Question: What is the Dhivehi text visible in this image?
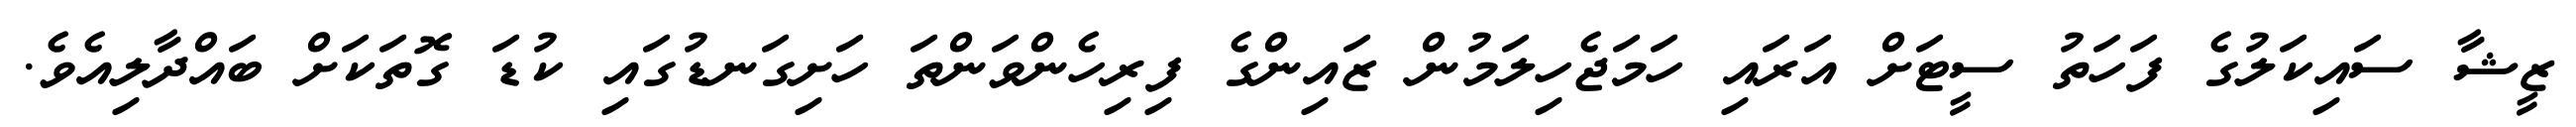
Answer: ޒީޝާ ސައިކަލުގެ ފަހަތު ސީޓަށް އަރައި ހަމަޖެހިލަމުން ޒައިންގެ ފިރިހެންވަންތަ ހަށިގަނޑުގައި ކުޑަ ގޮތަކަށް ބައްދާލިއެވެ.